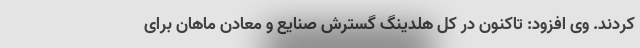
کردند. وی افزود: تاکنون در کل هلدینگ گسترش صنایع و معادن ماهان برای